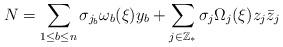
LaTeX: \begin{align*}N=\sum_{1\leq b\leq n}\sigma_{j_b}\omega_b(\xi)y_b+\sum_{j\in\mathbb{Z}_*}\sigma_{j}\Omega_j(\xi)z_j\bar{z}_j\end{align*}